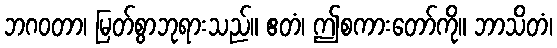
ဘဂဝတာ၊ မြတ်စွာဘုရားသည်။ ဧတံ၊ ဤစကားတော်ကို။ ဘာသိတံ၊